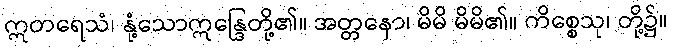
ဣတရေသံ၊ နုံ့သောဣန္ဒြေတို့၏။ အတ္တနော၊ မိမိ မိမိ၏။ ကိစ္စေသု၊ တို့၌။